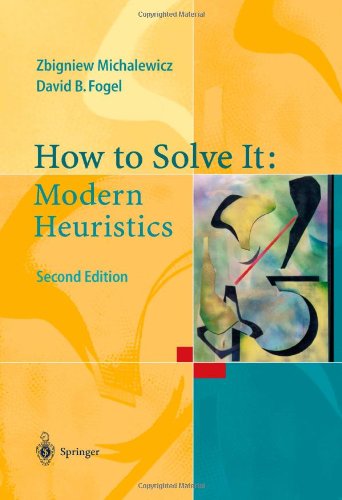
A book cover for How to Solve It: Modern Heuristics; Zbigniew Michalewicz; Science & Math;